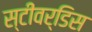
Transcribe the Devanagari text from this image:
स्‍टीवर्डिस